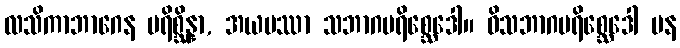
လသိကာဘာဂေန ပရိစ္ဆိန္နာ, အယမဿာ သဘာဂပရိစ္ဆေဒေါ။ ဝိသဘာဂပရိစ္ဆေဒေါ ပန